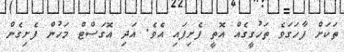
ތަކަށް ފާހަގަވެ ތަހުގީގެއް އޮތީ ފެށިފައި އެވެ. އަދި އޮގަސްޓް މަހުން ފެށިގެން